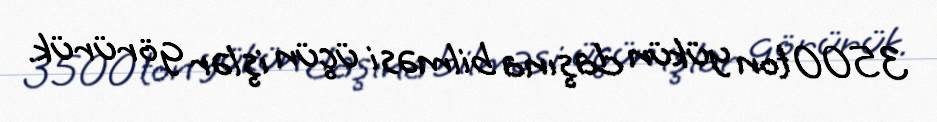
3500 ton yükün daşına bilməsi üçün işlər görürük.